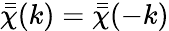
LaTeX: \bar{\bar{\chi}}(k)={\bar{\bar{\chi}}}(-k)